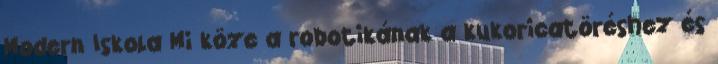
Modern Iskola Mi köze a robotikának a kukoricatöréshez és